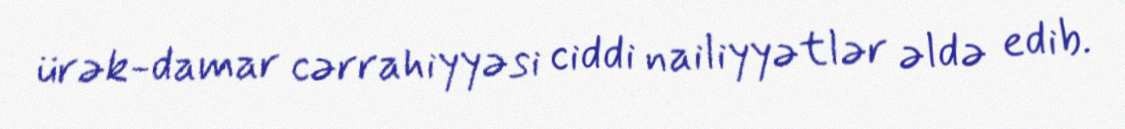
ürək-damar cərrahiyyəsi ciddi nailiyyətlər əldə edib.